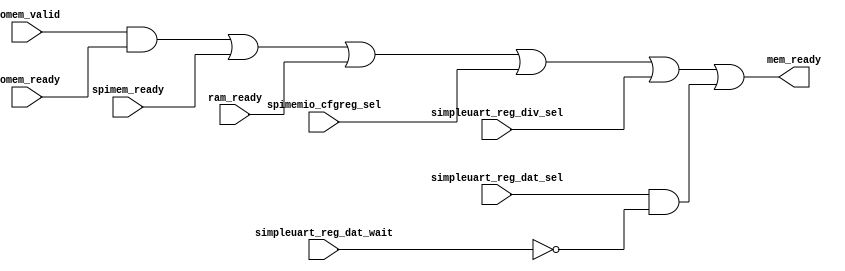

module redact(mem_ready , iomem_valid, iomem_ready , spimem_ready , ram_ready , spimemio_cfgreg_sel ,
			simpleuart_reg_div_sel , simpleuart_reg_dat_sel , simpleuart_reg_dat_wait);

output mem_ready;
input iomem_valid;
input iomem_ready;
input spimem_ready;
input ram_ready;
input spimemio_cfgreg_sel;
input simpleuart_reg_div_sel;
input simpleuart_reg_dat_sel;
input simpleuart_reg_dat_wait;

assign mem_ready = (iomem_valid && iomem_ready) || spimem_ready || ram_ready || spimemio_cfgreg_sel ||
			simpleuart_reg_div_sel || (simpleuart_reg_dat_sel && !simpleuart_reg_dat_wait);

endmodule